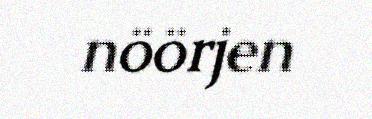
nöörjen